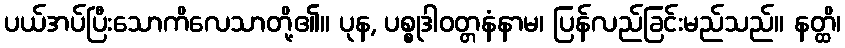
ပယ်အပ်ပြီးသောကိလေသာတို့၏။ ပုန, ပစ္စုဒါဝတ္တနံနာမ၊ ပြန်လည်ခြင်းမည်သည်။ နတ္ထိ၊